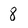
Character: 8